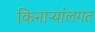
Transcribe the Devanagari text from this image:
किनाऱ्यांलगत